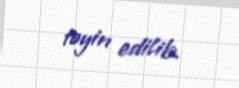
təyin edilib.